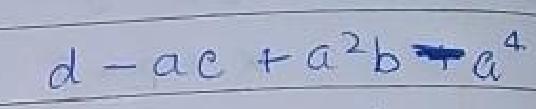
$d - ac + a^{2}b - a^{4}$